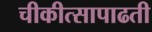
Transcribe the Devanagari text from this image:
चीकीत्सापाढती